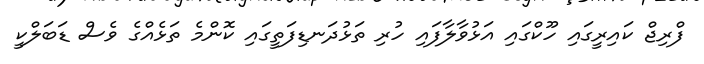
ފްރިޖް ކައިރީގައި ހޫކްގައި އަޅުވާލާފައި ހުރި ތަޅުދަނޑިފަތީގައި ކޮންމެ ތަޅެއްގެ ވެސް ޑަބަލްކީ